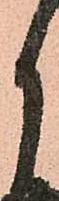
月